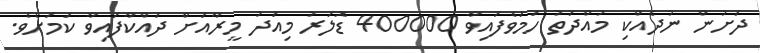
ދަށުން ނުދެއްކި މުއްދަތު ހަމަވެފައިވާ 400000 ޑޮލަރު މިއަދު މީރާއަށް ދައްކާފައިވާ ކަމަށެވެ.